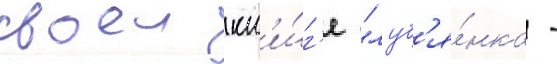
своеи кн'и́г'е "луб'я́нка -